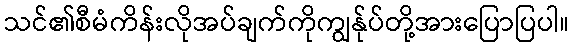
သင်၏စီမံကိန်းလိုအပ်ချက်ကိုကျွန်ုပ်တို့အားပြောပြပါ။